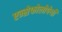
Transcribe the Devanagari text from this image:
एन्सेफोलोपेथी